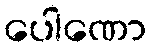
ပေါဏော